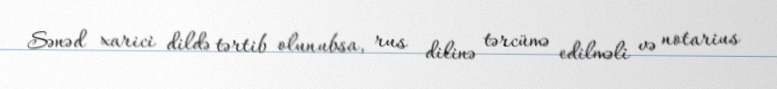
Sənəd xarici dildə tərtib olunubsa, rus dilinə tərcümə edilməli və notarius